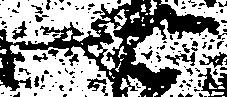
右